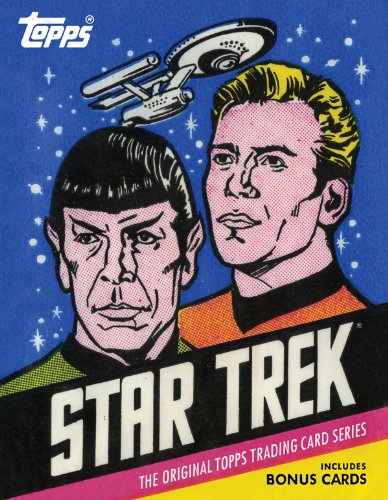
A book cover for Star Trek: The Original Topps Trading Card Series; Paula M. Block; Humor & Entertainment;